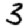
Digit: 3